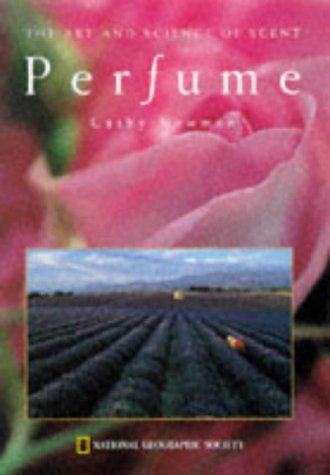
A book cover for Perfume: The Art and Science of Scent; Cathy Newman; Health, Fitness & Dieting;